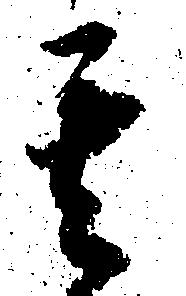
其